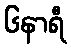
၆နာရီ